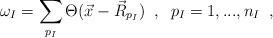
LaTeX: \begin{align*} \omega_{I}=\sum_{p_{I}}\Theta(\vec{x}-\vec{R}_{p_{I}}) \;\;,\;\; p_{I}=1,...,n_{I} \;\;,\end{align*}